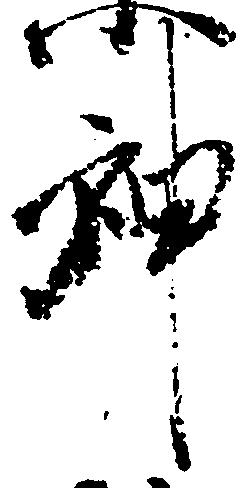
神